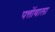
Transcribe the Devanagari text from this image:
पत्तोंवाला